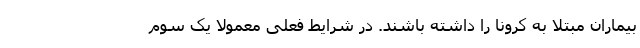
بیماران مبتلا به کرونا را داشته باشند. در شرایط فعلی معمولا یک سوم